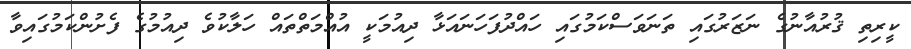
ކީރިތި ޤުރުއާނުގެ ނަޒަރުގައި ތަނަވަސްކަމުގައި ހައްދުފަހަނައަޅާ ދިއުމަކީ އުއްމަތްތައް ހަލާކުވެ ދިއުމުގެ ފެށުންކަމުގައިވާ